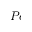
P e